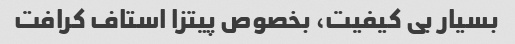
بسیار بی کیفیت، بخصوص پیتزا استاف کرافت